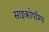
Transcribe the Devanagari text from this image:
साइकोपॉम्प